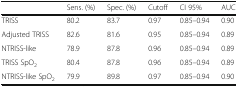
<table><thead><tr><td></td><td><b>Sens. (%)</b></td><td><b>Spec. (%)</b></td><td><b>Cutoff</b></td><td><b>CI 95%</b></td><td><b>AUC</b></td></tr></thead><tbody><tr><td>TRISS</td><td>80.2</td><td>83.7</td><td>0.97</td><td>0.85–0.94</td><td>0.90</td></tr><tr><td>Adjusted TRISS</td><td>82.6</td><td>81.6</td><td>0.95</td><td>0.85–0.94</td><td>0.89</td></tr><tr><td>NTRISS-like</td><td>78.9</td><td>87.8</td><td>0.96</td><td>0.85–0.94</td><td>0.89</td></tr><tr><td>TRISS SpO<sub>2</sub></td><td>80.4</td><td>87.8</td><td>0.96</td><td>0.85–0.94</td><td>0.89</td></tr><tr><td>NTRISS-like SpO<sub>2</sub></td><td>79.9</td><td>89.8</td><td>0.97</td><td>0.85–0.94</td><td>0.90</td></tr></tbody></table>